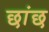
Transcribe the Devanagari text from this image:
छांछ